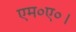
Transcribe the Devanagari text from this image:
एम०ए०।